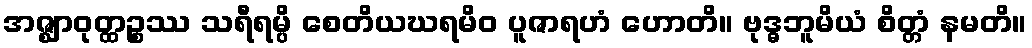
အဇ္ဈာဝုတ္ထဉ္စဿ သရီရမ္ပိ စေတိယဃရမိဝ ပူဇာရဟံ ဟောတိ။ ဗုဒ္ဓဘူမိယံ စိတ္တံ နမတိ။